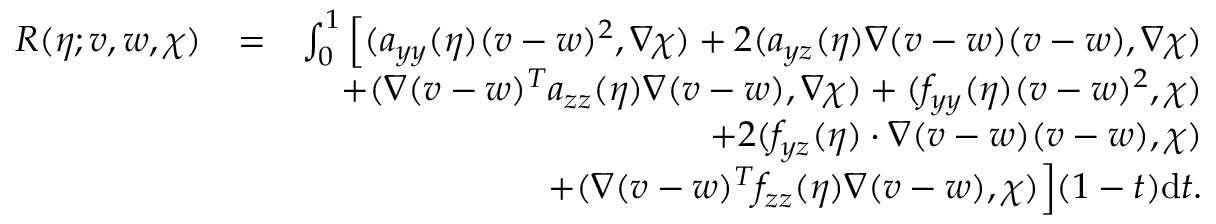
\begin{array} { r l r } { R ( \eta ; v , w , \chi ) } & { = } & { \int _ { 0 } ^ { 1 } \Big [ ( \boldsymbol { a } _ { y y } ( \eta ) ( v - w ) ^ { 2 } , \nabla \chi ) + 2 ( \boldsymbol { a } _ { y \boldsymbol { z } } ( \eta ) \nabla ( v - w ) ( v - w ) , \nabla \chi ) } \\ & { } & { + ( \nabla ( v - w ) ^ { T } \boldsymbol { a } _ { \boldsymbol { z z } } ( \eta ) \nabla ( v - w ) , \nabla \chi ) + ( f _ { y y } ( \eta ) ( v - w ) ^ { 2 } , \chi ) } \\ & { } & { + 2 ( f _ { y \boldsymbol { z } } ( \eta ) \cdot \nabla ( v - w ) ( v - w ) , \chi ) } \\ & { } & { + ( \nabla ( v - w ) ^ { T } f _ { \boldsymbol { z z } } ( \eta ) \nabla ( v - w ) , \chi ) \Big ] ( 1 - t ) \mathrm { d } t . } \end{array}